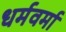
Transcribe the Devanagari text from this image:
धर्मवर्मा